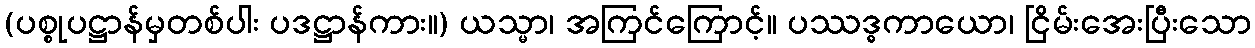
(ပစ္စုပဋ္ဌာန်မှတစ်ပါး ပဒဋ္ဌာန်ကား။) ယသ္မာ၊ အကြင်ကြောင့်။ ပဿဒ္ဓကာယော၊ ငြိမ်းအေးပြီးသော